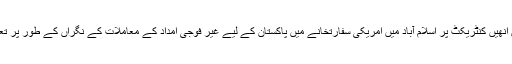
2009ء میں انھیں کنٹریکٹ پر اسلام آباد میں امریکی سفارتخانے میں پاکستان کے لیے غیر فوجی امداد کے معاملات کے نگراں کے طور پر تعینات کیا گیا۔